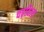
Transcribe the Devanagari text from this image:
चढ़विला